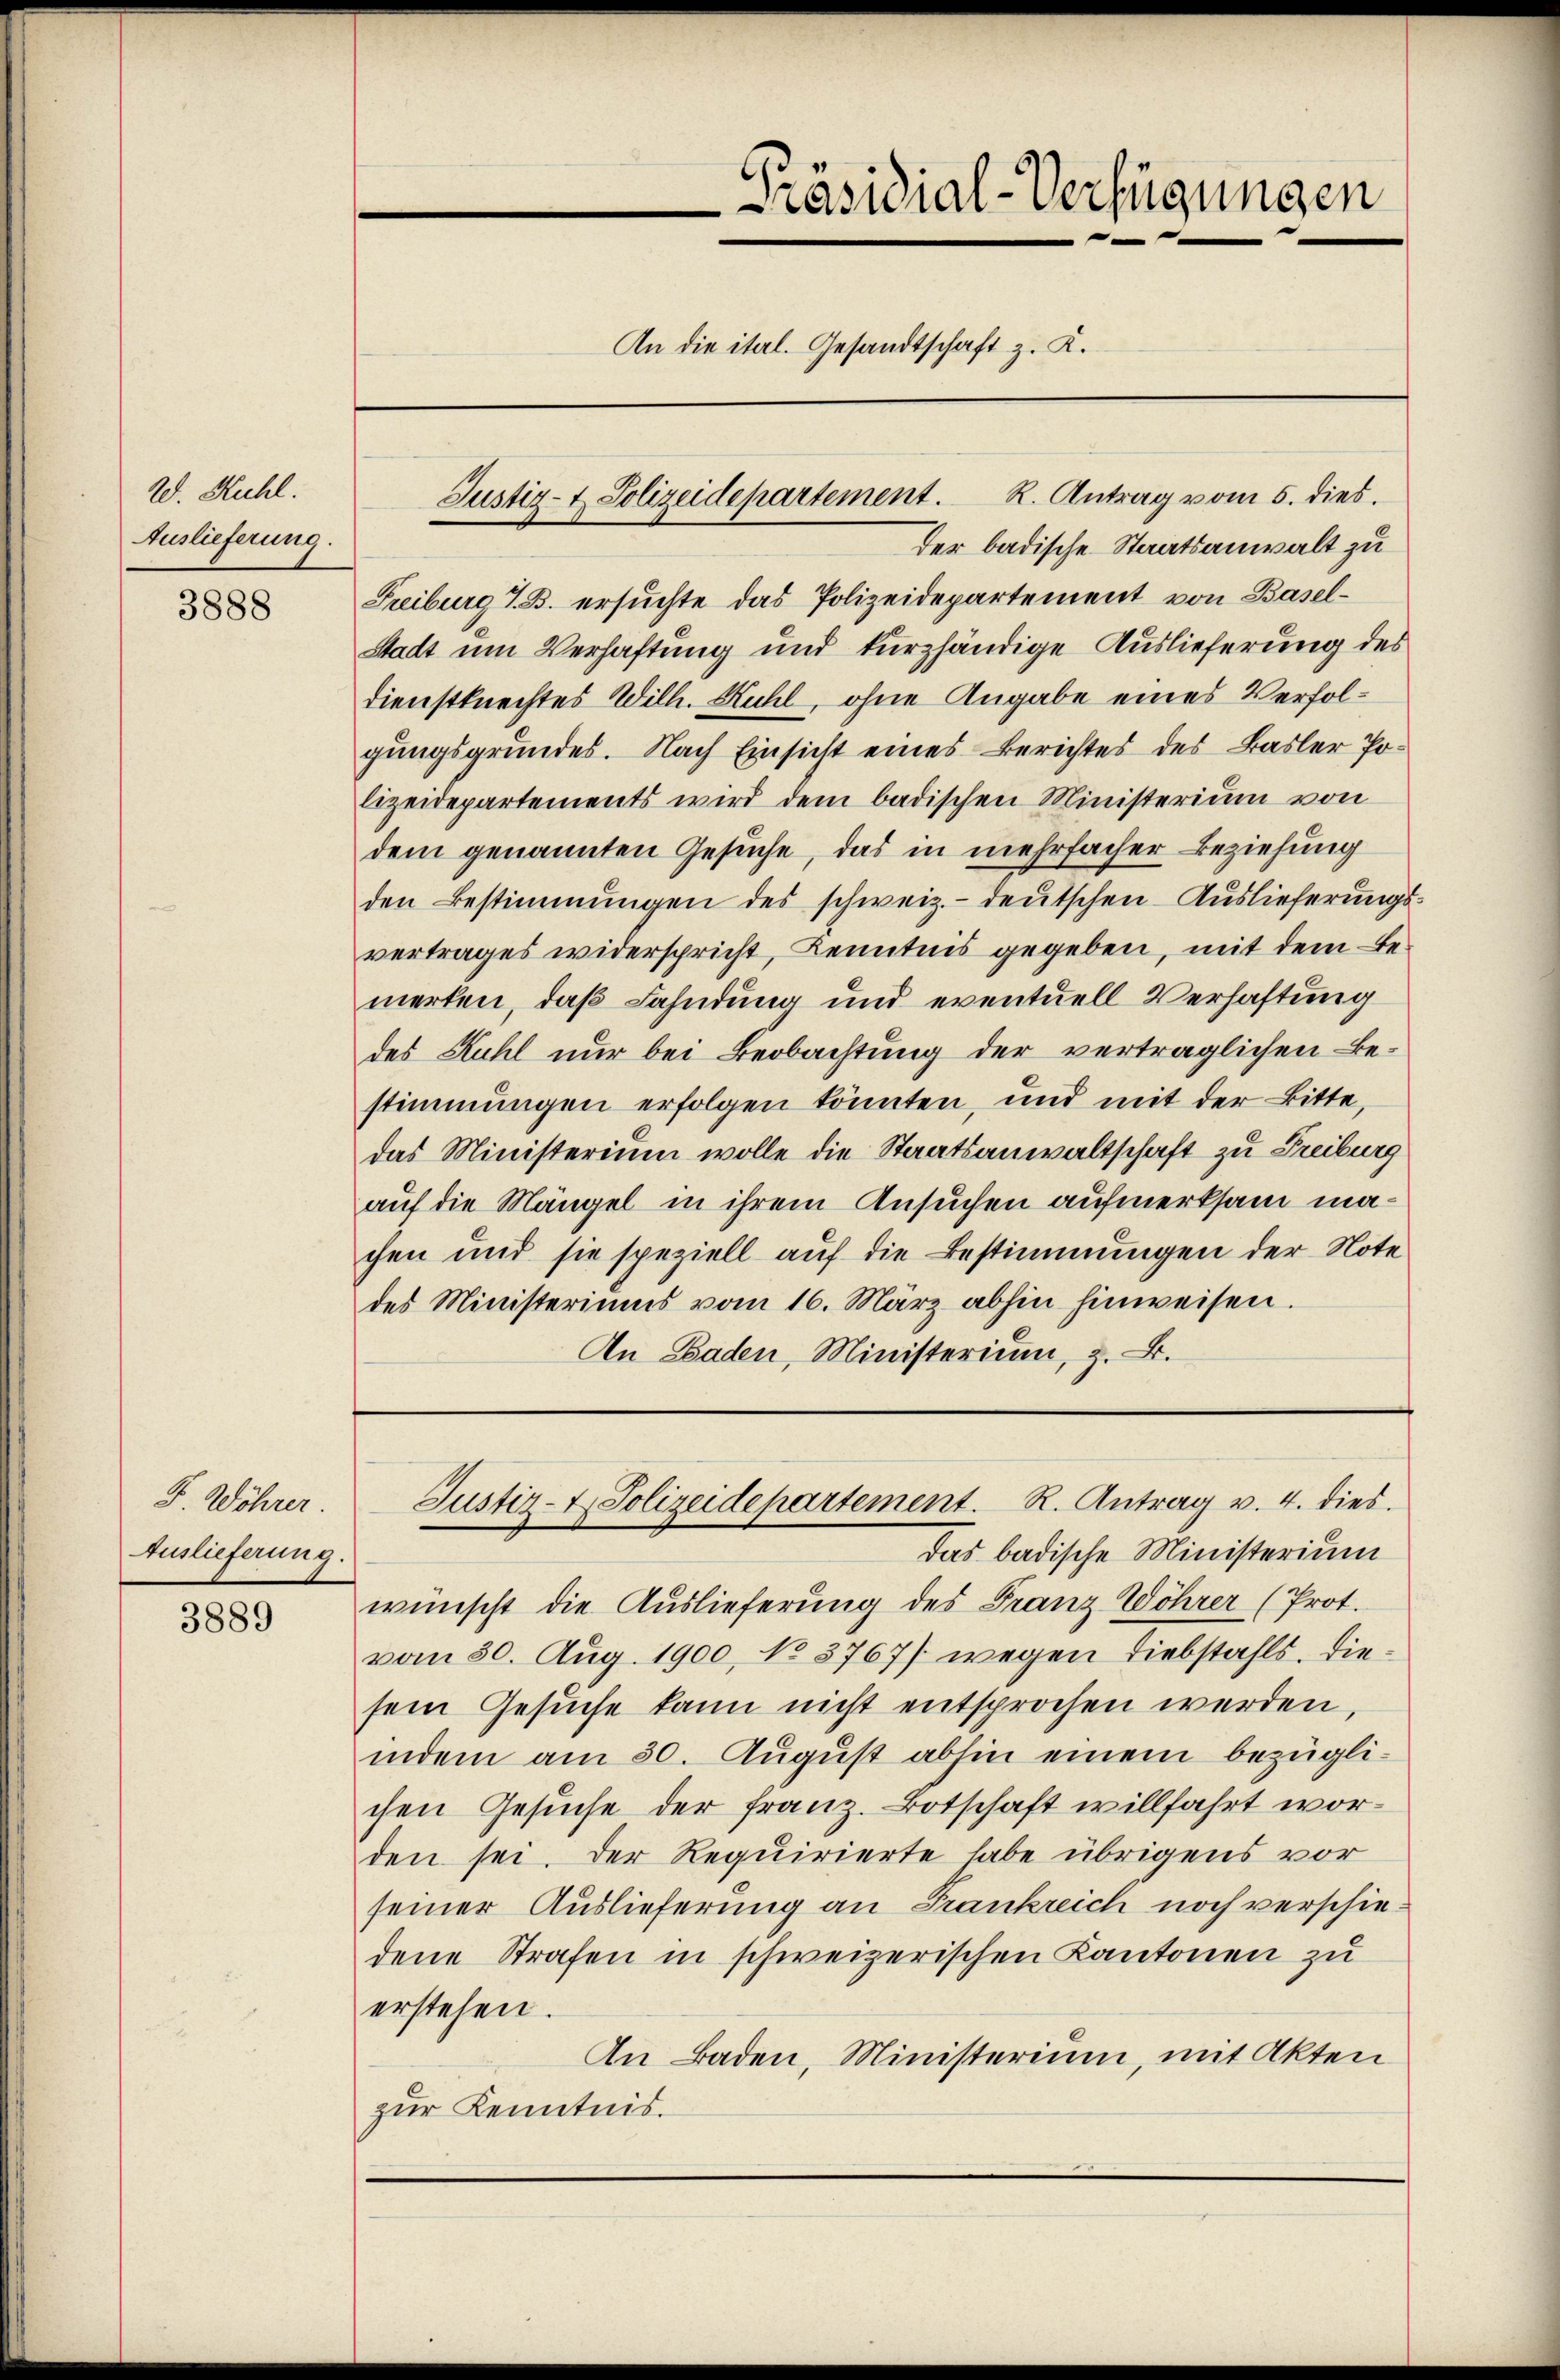
W. Kuhl.
Auslieferung.

3888

F. Wöhrer.
Auslieferung.

3889

der badische Staatsanwalt zu
Freiburg i. B. ersuchte das Polizeidepartement von Basel¬
Stadt um Verhaftung und kurzhändige Auslieferung des
Dienstknechtes Wilh. Kühl, ohne Angabe eines Verfolgungsgrundes. Nach Einsicht eines Berichtes des Basler Polizeidepartements wird dem badischen Ministerium von
dem genannten Gesuche, das in mehrfacher Beziehung
den Bestimmungen des schweiz.- deutschen Auslieferungsvertrages widerspricht, Kenntnis gegeben, mit dem Bemerken, daß Fahndung und eventuell Verhaftung
des Kuhl nur bei Beobachtung der verträglichen Bestimmungen erfolgen könnten, und mit der Bitte,
das Ministerium wolle die Staatsanwaltschaft zu Freiburg
auf die Mängel in ihrem Ansuchen aufmerksam machen und sie speziell auf die Bestimmungen der Note
des Ministeriums vom 16. März abhin hinweisen.
An Baden, Ministerium, z. B.

Justiz- & Polizeidepartement. R. Antrag vom 5. dies.

Präsidial-Verfügungen
An die ital. Gesandtschaft z. K.

Das badische Ministerium
wünscht die Auslieferung des Franz Wöhrer (Prot.
vom 30. Aug. 1900, No 3767/ wegen Diebstahls. Diesein Gesuche kann nicht entsprochen werden
indem am 30. August abhin einem bezüglichen Gesuche der franz. Botschaft willfahrt worden sei. Der Requirierte habe übrigens vor
seiner Auslieferung an Frankreich noch verschie-
dene Strafen in schweizerischen Kantonen zu
erstehen.
An Baden, Ministerium, mit Akten
zur Kenntnis.

Justiz- & Polizeidepartement. R. Antrag v. 4. dies